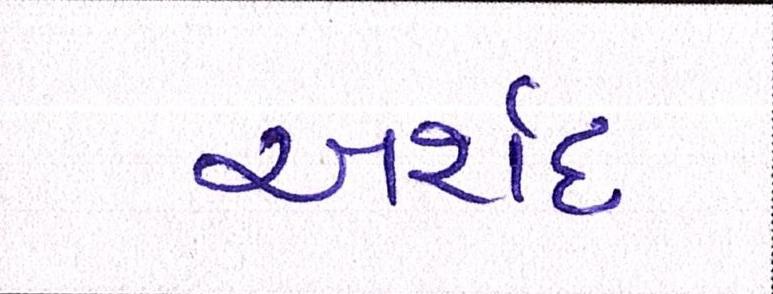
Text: અર્શદ